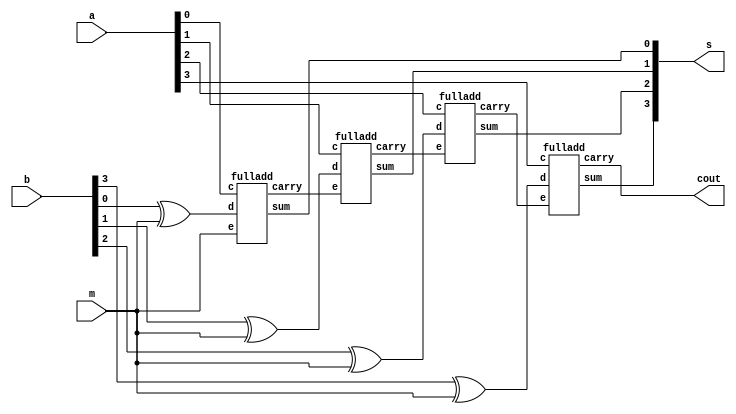
module add_sub (s,cout,a,b,m);
  input [3:0] a,b;
  input m;
  output [3:0]s;
  output cout;
  wire c1,c2,c3;
  assign e1 = (b[0] ^ m );
  assign e2 = (b[1] ^ m );
  assign e3 = (b[2] ^ m ); 
  assign e4 = (b[3] ^ m );
  fulladd f1 (.sum(s[0]),.carry(c1),.c(a[0]),.d(e1),.e(m));
  fulladd f2 (.sum(s[1]),.carry(c2),.c(a[1]),.d(e2),.e(c1));
  fulladd f3 (.sum(s[2]),.carry(c3),.c(a[2]),.d(e3),.e(c2));
  fulladd f4 (.sum(s[3]),.carry(cout),.c(a[3]),.d(e4),.e(c3));
endmodule
  module fulladd (sum,carry,c,d,e);
  input c,d,e;
  output sum,carry;
  assign sum = (c^d^e);
  assign carry = (c&d)|(d&e)|(e&c);
endmodule